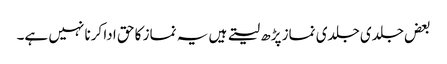
بعض جلدی جلدی نماز پڑھ لیتے ہیں یہ نماز کا حق ادا کرنا نہیں ہے۔